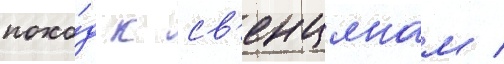
похо́д к св'енцянам /